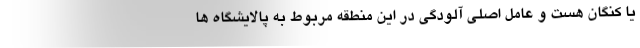
یا کنگان هست و عامل اصلی آلودگی در این منطقه مربوط به پالایشگاه ها